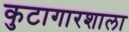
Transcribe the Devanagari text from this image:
कुटागारशाला